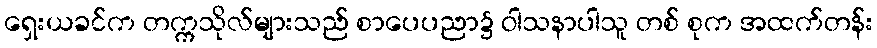
ရှေးယခင်က တက္ကသိုလ်များသည် စာပေပညာ၌ ဝါသနာပါသူ တစ် စုက အထက်တန်း